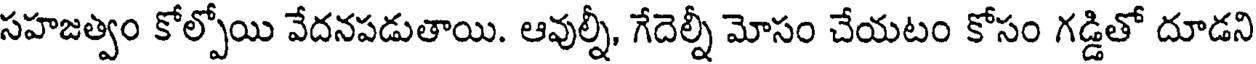
సహజత్వం కోల్పోయి వేదనపడుతాయి. ఆవుల్నీ, గేదెల్నీ మోసం చేయటం కోసం గడ్డితో దూడని